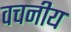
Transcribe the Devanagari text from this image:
वचनीय